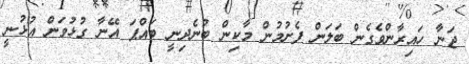
ޖަނާ ހައިރާންވެގެން ބަލަން ފެށުމުން މާކިން ބުނެދިނީ ބައްޕަ އޭނާ ގުޅުވަން އުޅުނީ